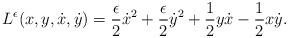
LaTeX: \begin{align*}L^\epsilon(x,y,\dot x,\dot y)=\frac{\epsilon}{2}\dot x^2+\frac{\epsilon}{2}\dot y^2+\frac{1}{2} y \dot x - \frac{1}{2} x \dot y.\end{align*}